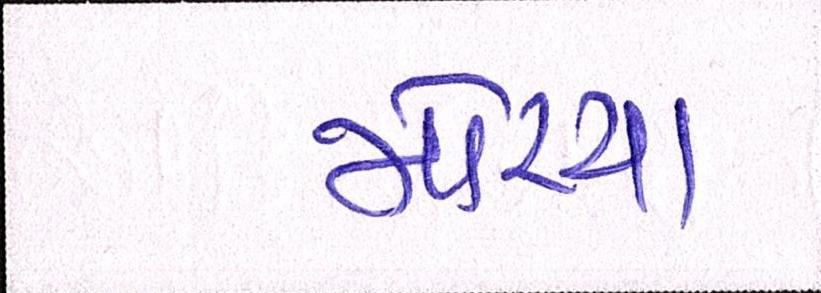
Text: મોરચા